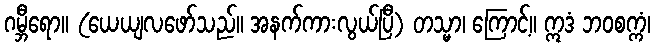
ဂမ္ဘီရော။ (ယေယျလဖော်သည်။ အနက်ကားလွယ်ပြီ) တသ္မာ၊ ကြောင့်။ ဣဒံ ဘဝစက္ကံ၊